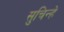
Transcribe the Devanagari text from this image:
सुचिन्हे